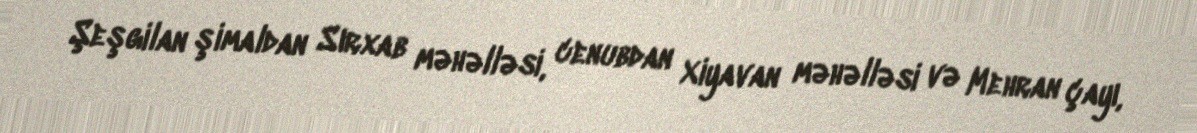
Şeşgilan şimaldan Sırxab məhəlləsi, cenubdan Xiyavan məhəlləsi və Mehran çayı,